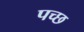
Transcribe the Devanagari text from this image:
पच्छ